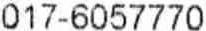
017-6057770